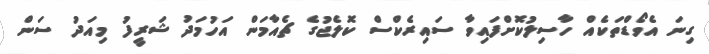
ގިނަ އެވޯޑްތަކެއް ހާސިލުކޮށްފައިވާ ސައިރެކްސް ކޮލެޖުގެ ޗެއާމަން އަހުމަދު ޝަރީފު މިއަދު ސަން